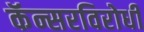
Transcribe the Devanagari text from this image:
कॅन्सरविरोधी